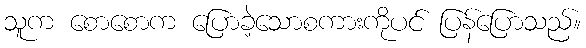
သူက စောစောက ပြောခဲ့သောစကားကိုပင် ပြန်ပြောသည်။